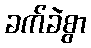
ခက်ခဲစွာ